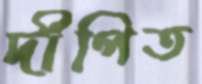
দীপিত